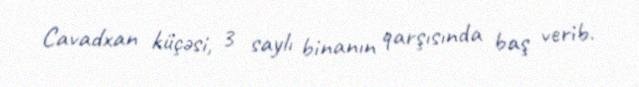
Cavadxan küçəsi, 3 saylı binanın qarşısında baş verib.